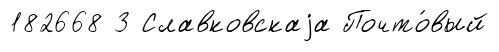
182668 3 Славковскаjа Почто́вый